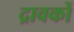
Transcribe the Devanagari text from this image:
द्रावकों